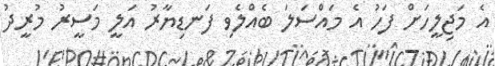
އެ މަޖިލީހަށް ފަހު އެ މައްސަލަ ބެއްލެވި ފަނޑިޔާރު އަލީ މަސީރު މުރީދު